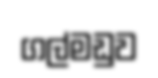
ගල්මඩුව